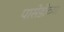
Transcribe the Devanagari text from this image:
पासेडीच्या